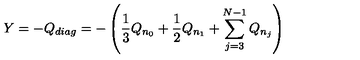
Y = - Q _ { d i a g } = - \left( \frac 1 3 Q _ { n _ { 0 } } + \frac 1 2 Q _ { n _ { 1 } } + \sum _ { j = 3 } ^ { N - 1 } Q _ { n _ { j } } \right)